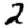
Digit: 2